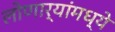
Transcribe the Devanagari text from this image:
लोणार्‍यांमध्ये